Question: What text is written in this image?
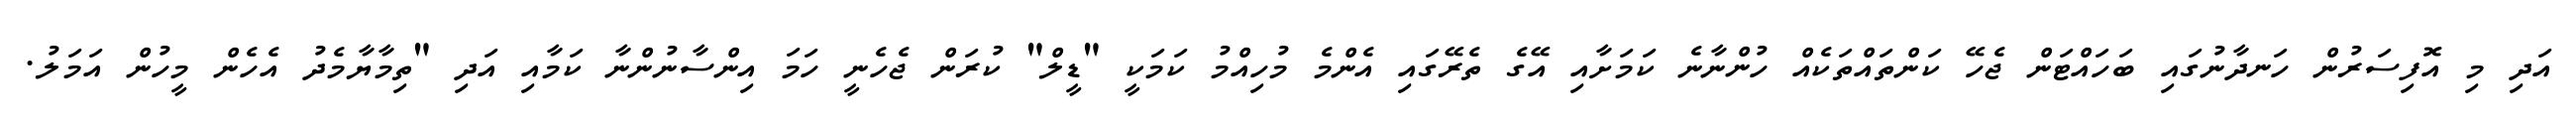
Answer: އަދި މި އޮފިސަރުން ހަނދާނުގައި ބަހައްޓަން ޖެހޭ ކަންތައްތަކެއް ހުންނާނެ ކަމަށާއި އޭގެ ތެރޭގައި އެންމެ މުހިއްމު ކަމަކީ "ޑީލް" ކުރަން ޖެހެނީ ހަމަ އިންސާނުންނާ ކަމާއި އަދި "ތިމާޔާމެދު އެހެން މީހުން އަމަލު.